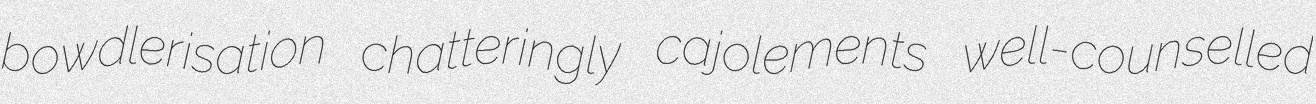
bowdlerisation chatteringly cajolements well-counselled